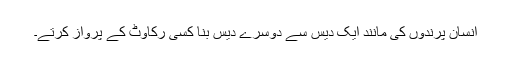
انسان پرندوں کی مانند ایک دیس سے دوسرے دیس بنا کسی رکاوٹ کے پرواز کرتے۔